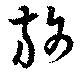
旆